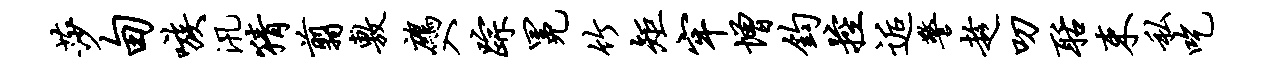
莎甸嗾汛猜翦敷鹧入踪冕竹矩牢增钧控逅警趁叨聒束私吃